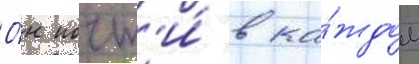
О́н почт'и́ в ка́ждом